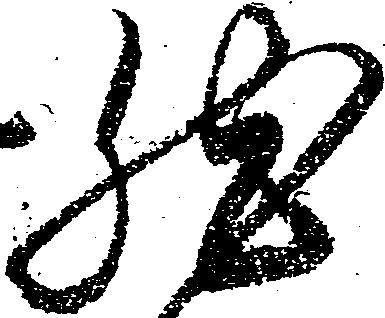
然